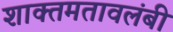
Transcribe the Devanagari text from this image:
शाक्तमतावलंबी